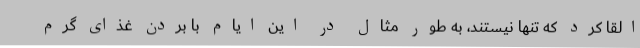
القا کرد که تنها نیستند، به طور مثال در این ایام با بردن غذای گرم